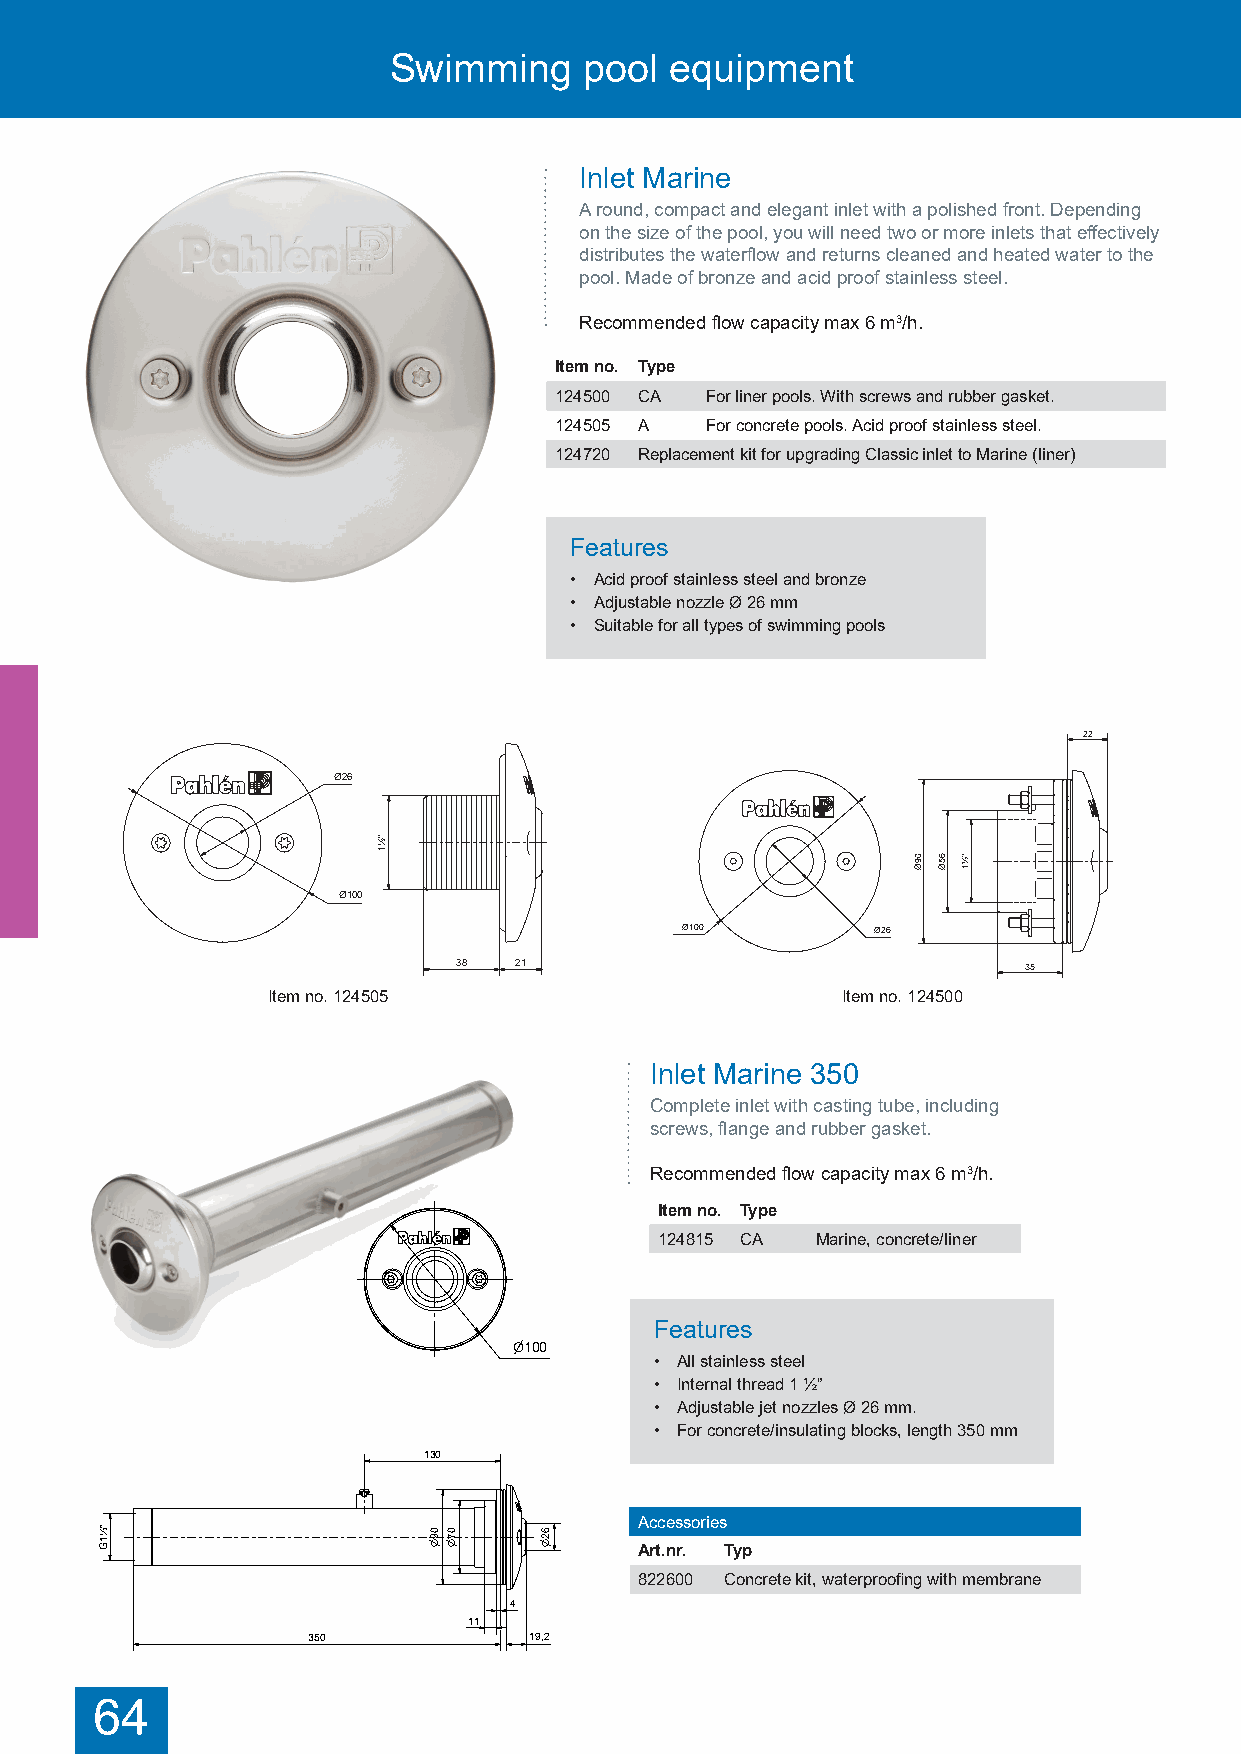
Swimming     pool equipment
 Inlet Marine
 A round, compact and elegant inlet with a polished front. Depending
 on the size of the pool, you will need two or more inlets that effectively
 distributes the waterflow and returns cleaned and heated water to the
 pool. Made of bronze and acid proof stainless steel.
 Recommended flow capacity max 6 m3/h.
 Item no. Type
 124500 CA For liner pools. With screws and rubber gasket.
 124505 A  For concrete pools. Acid proof stainless steel.
 124720 Replacement kit for upgrading Classic inlet to Marine (liner)
 Features
 • Acid proof stainless steel and bronze
 • Adjustable nozzle Ø 26 mm
 • Suitable for all types of swimming pools
 22
 Ø26
 "½
 1
 09Ø 65Ø 1"½
 Ø100
 Ø100         Ø26
 38  21                                35
 Item no. 124505                       Item no. 124500
 Inlet Marine 350
 Complete inlet with casting tube, including
 screws, flange and rubber gasket.
 Recommended flow capacity max 6 m3/h. 130
 Item no. Type
 124815 CA Marine, concrete/liner
 ½"                            0 0       6
 G1                            9  7    2 
 Features
 100
 • All stainless steel
 4
 • Internal thread 1 ½”
 11
 • Adjustable jet nozzles Ø 26 mm.
 350                19,2
 • For concrete/insulating blocks, length 350 mm
 130
 Accessories
 ½ G1"                0907  62
 Art.nr. Typ
 822600 Concrete kit, waterproofing with membrane
 100
 4
 11
 350            19,2
 Inloppsmunstycke Marine
 124815 - M12606
 64
 Inloppsmunstycke Marine
 124815 - M12606